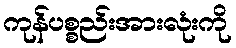
ကုန်ပစ္စည်းအားလုံးကို